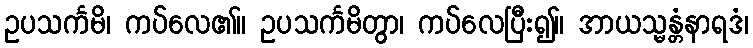
ဥပသင်္ကမိ၊ ကပ်လေ၏။ ဥပသင်္ကမိတွာ၊ ကပ်လေပြီး၍။ အာယသ္မန္တံနာရဒံ၊